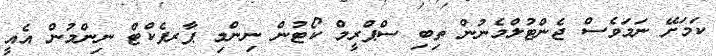
ކަމަށޭ ނަމަވެސް ޖެންޓުލްމެނުން ތިބި ސްޕްރީމް ކޯޓުން ނިންމި ޕާރފެކްޓް ނިންމުން އެއީ